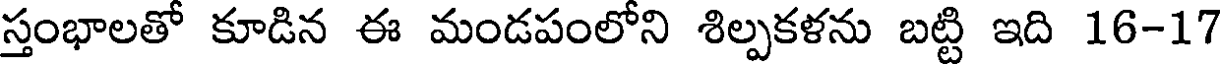
స్తంభాలతో కూడిన ఈ మండపంలోని శిల్పకళను బట్టి ఇది 16-17